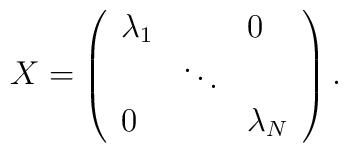
X=\left(\begin{array}{lll}\lambda _1 &  & 0 \\& \ddots  &  \\0 &  & \lambda _N\end{array}\right) .